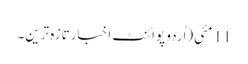
11 مئی(اُردو پوائنٹ اخبارتازہ ترین۔